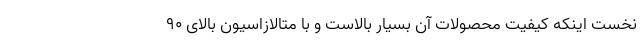
نخست اینکه کیفیت محصولات آن بسیار بالاست و با متالازاسیون بالای ۹۰